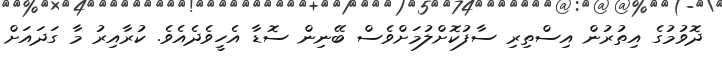
ދޮވުމުގެ އިތުރުން އިސްތިރި ސާފުކޮށްލުމަށްވެސް ބޭނިން ސޮޑާ އެހީވެދެއެވެ. ކުރާއިރު މާ ގަދައަށް